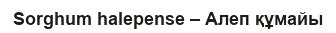
Sorghum halepense – Алеп құмайы